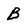
Character: B